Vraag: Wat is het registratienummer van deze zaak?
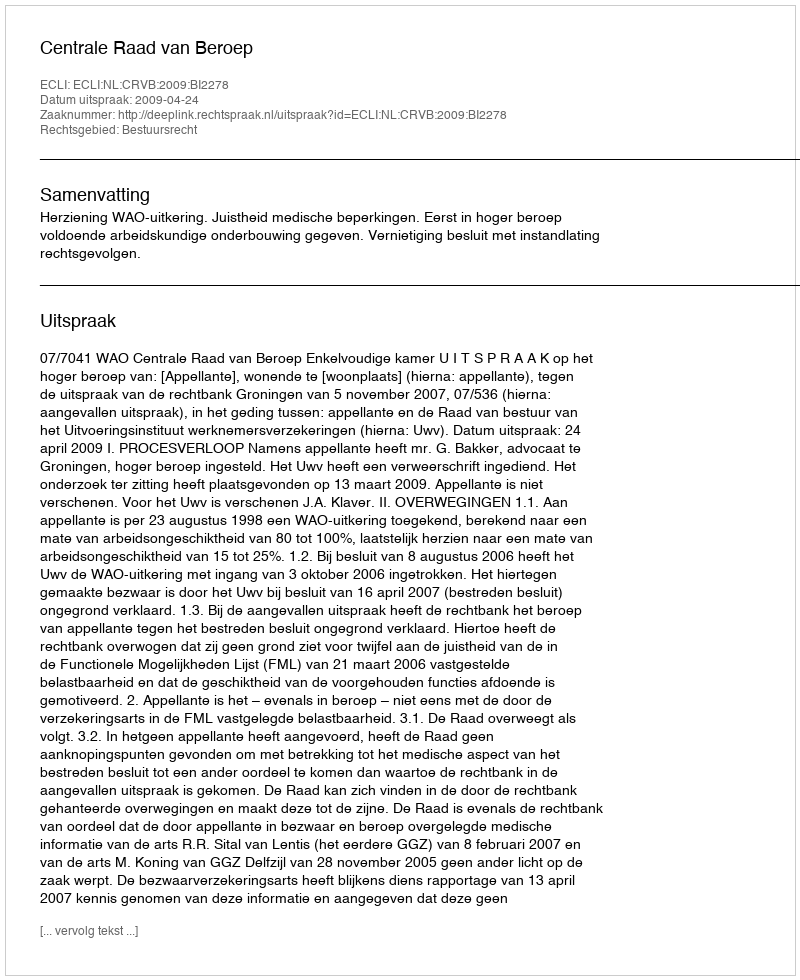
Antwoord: http://deeplink.rechtspraak.nl/uitspraak?id=ECLI:NL:CRVB:2009:BI2278